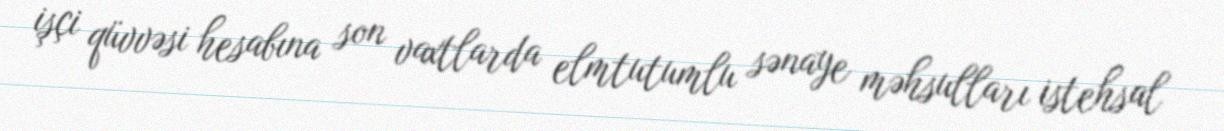
işçi qüvvəsi hesabına son vaxtlarda elmtutumlu sənaye məhsulları istehsal